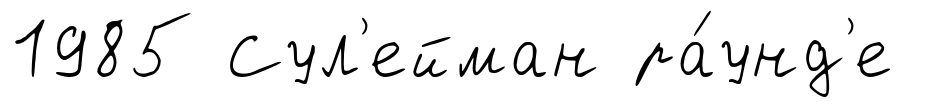
1985 Сул'ейман ра́унд'е